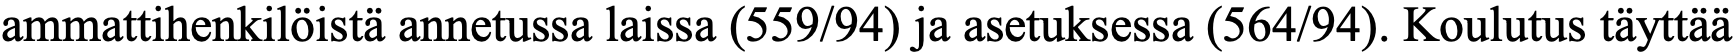
ammattihenkilöistä annetussa laissa (559/94) ja asetuksessa (564/94). Koulutus täyttää